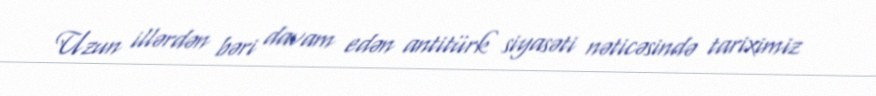
Uzun illərdən bəri davam edən antitürk siyasəti nəticəsində tariximiz